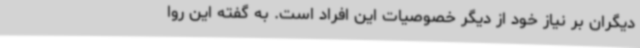
دیگران بر نیاز خود از دیگر خصوصیات این افراد است. به گفته این روا